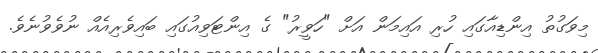
މިވަގުތު އިންޑިއާގައި ހުރި އައިމަން އަށް "ހަވީރު" ގެ އިންޓަވިއުގައި ބައިވެރިއެއް ނުވެވުނެވެ.